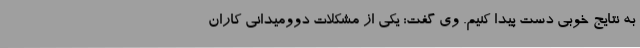
به نتایج خوبی دست پیدا کنیم. وی گفت: یکی از مشکلات دوومیدانی کاران